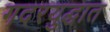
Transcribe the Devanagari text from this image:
गदरयुद्धात